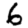
Digit: 6